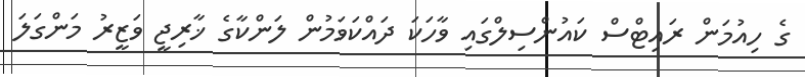
ގެ ހިއުމަން ރައިޓްސް ކައުންސިލްގައި ވާހަކަ ދައްކަވަމުން ލަންކާގެ ޚާރިޖީ ވަޒީރު މަންގަލަ